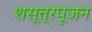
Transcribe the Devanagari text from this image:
शस्त्रपूजन